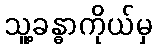
သူ့ခန္ဓာကိုယ်မှ